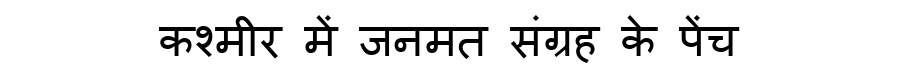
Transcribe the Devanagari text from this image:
कश्मीर में जनमत संग्रह के पेंच